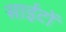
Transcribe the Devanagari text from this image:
साईटों